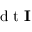
\mathrm { ~ d ~ t ~ } \mathbf { I }